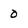
Character: 0